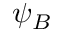
\psi _ { B }